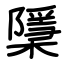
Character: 檃